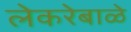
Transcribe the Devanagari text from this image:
लेकरेबाळे